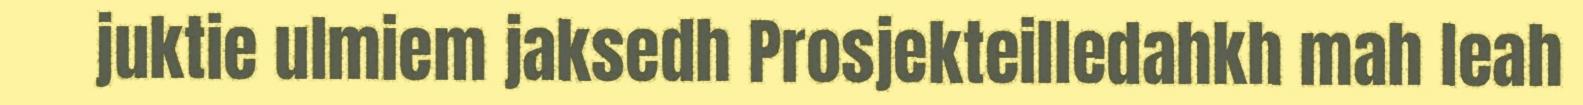
juktie ulmiem jaksedh Prosjekteilledahkh mah leah